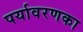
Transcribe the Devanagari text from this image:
पर्यावरणका